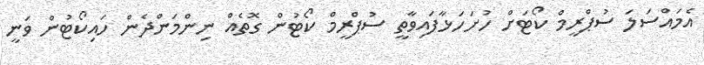
އެމައްސަލަ ސުޕްރީމް ކޯޓަށް ހުށަހަޅާފައިވާތީ ސުޕްރީމް ކޯޓުން ގޮތެއް ނިންމަންދެން ހައިކޯޓުން ވަނީ